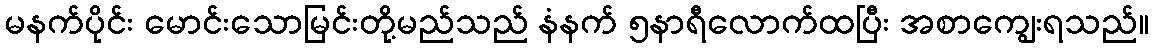
မနက်ပိုင်း မောင်းသောမြင်းတို့မည်သည် နံနက် ၅နာရီလောက်ထပြီး အစာကျွေးရသည်။